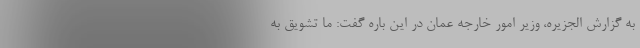
به گزارش الجزیره، وزیر امور خارجه عمان در این باره گفت: ما تشویق به